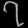
Digit: ၇